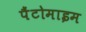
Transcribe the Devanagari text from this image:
पैंटोमाइम